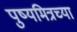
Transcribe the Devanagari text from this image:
पुष्यमित्रच्या